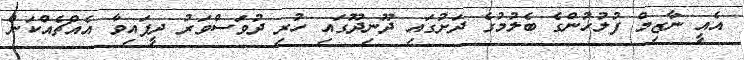
އެއީ ނާޒިމް ފުލުހުންގެ ބެލުމުގެ ދަށުގައި ދޫނިދޫގައި ހުރި ދުވަސްވަރު ދީފައިވާ އެއްޗެއްކަން